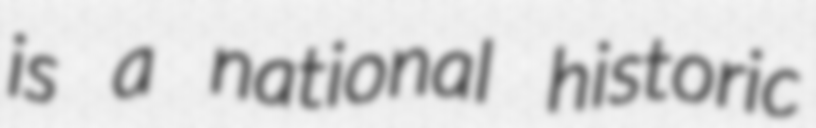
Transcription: is a national historic